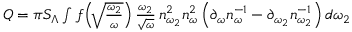
\begin{array} { r } { Q = \pi S _ { \Lambda } \int f \! \left( \! \sqrt { \frac { \omega _ { 2 } } { \omega } } \right) \frac { \omega _ { 2 } } { \sqrt { \omega } } \, n _ { \omega _ { 2 } } ^ { 2 } n _ { \omega } ^ { 2 } \left( \partial _ { \omega } n _ { \omega } ^ { - 1 } - \partial _ { \omega _ { 2 } } n _ { \omega _ { 2 } } ^ { - 1 } \right) d \omega _ { 2 } } \end{array}